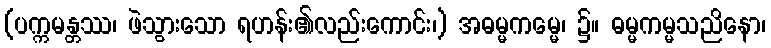
(ပက္ကမန္တဿ၊ ဖဲသွားသော ရဟန်း၏လည်းကောင်း၊) အဓမ္မကမ္မေ၊ ၌။ ဓမ္မကမ္မသညိနော၊